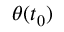
\boldsymbol { \theta } ( t _ { 0 } )